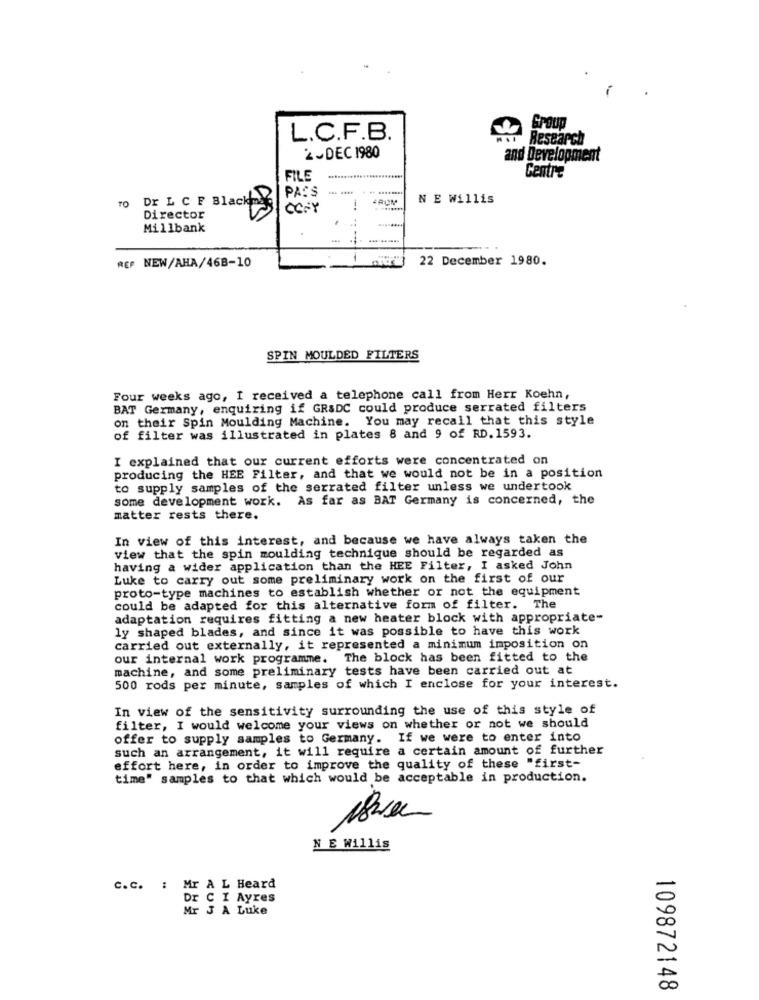
Group
L.C.F.B.
Research
2-DEC 1980
and Development
FILE
Centre
PASS
To Dr L C F Blackms
N E Willis
OGFY
Director
Millbank
..........
22 December 1980.
REF NEW/AHA/468-10
SPIN MOULDED FILTERS
Four weeks ago, I received a telephone call from Herr Koehn,
BAT Germany, enquiring if GR&DC could produce serrated filters
on their Spin Moulding Machine. You may recall that this style
of filter was illustrated in plates 8 and 9 of RD. 1593.
I explained that our current efforts were concentrated on
producing the HEE Filter, and that we would not be in a position
to supply samples of the serrated filter unless we undertook
some development work. As far as BAT Germany is concerned, the
matter rests there.
In view of this interest, and because we have always taken the
view that the spin moulding technique should be regarded as
having a wider application than the HEE Filter, I asked John
Luke to carry out some preliminary work on the first of our
proto-type machines to establish whether or not the equipment
could be adapted for this alternative form of filter. The
adaptation requires fitting a new heater block with appropriate-
ly shaped blades, and since it was possible to have this work
carried out externally, it represented a minimum imposition on
our internal work programme. The block has been fitted to the
machine, and some preliminary tests have been carried out at
500 rods per minute, samples of which I enclose for your interest.
In view of the sensitivity surrounding the use of this style of
filter, I would welcome your views on whether or not we should
offer to supply samples to Germany. If we were to enter into
such an arrangement, it will require a certain amount of further
effort here, in order to improve the quality of these "first-
time" samples to that which would be acceptable in production.
N E Willis
C.C. : Mr A L Heard
Dr C I Ayres
Mr J A Luke
109872148